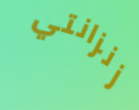
زنزانتي